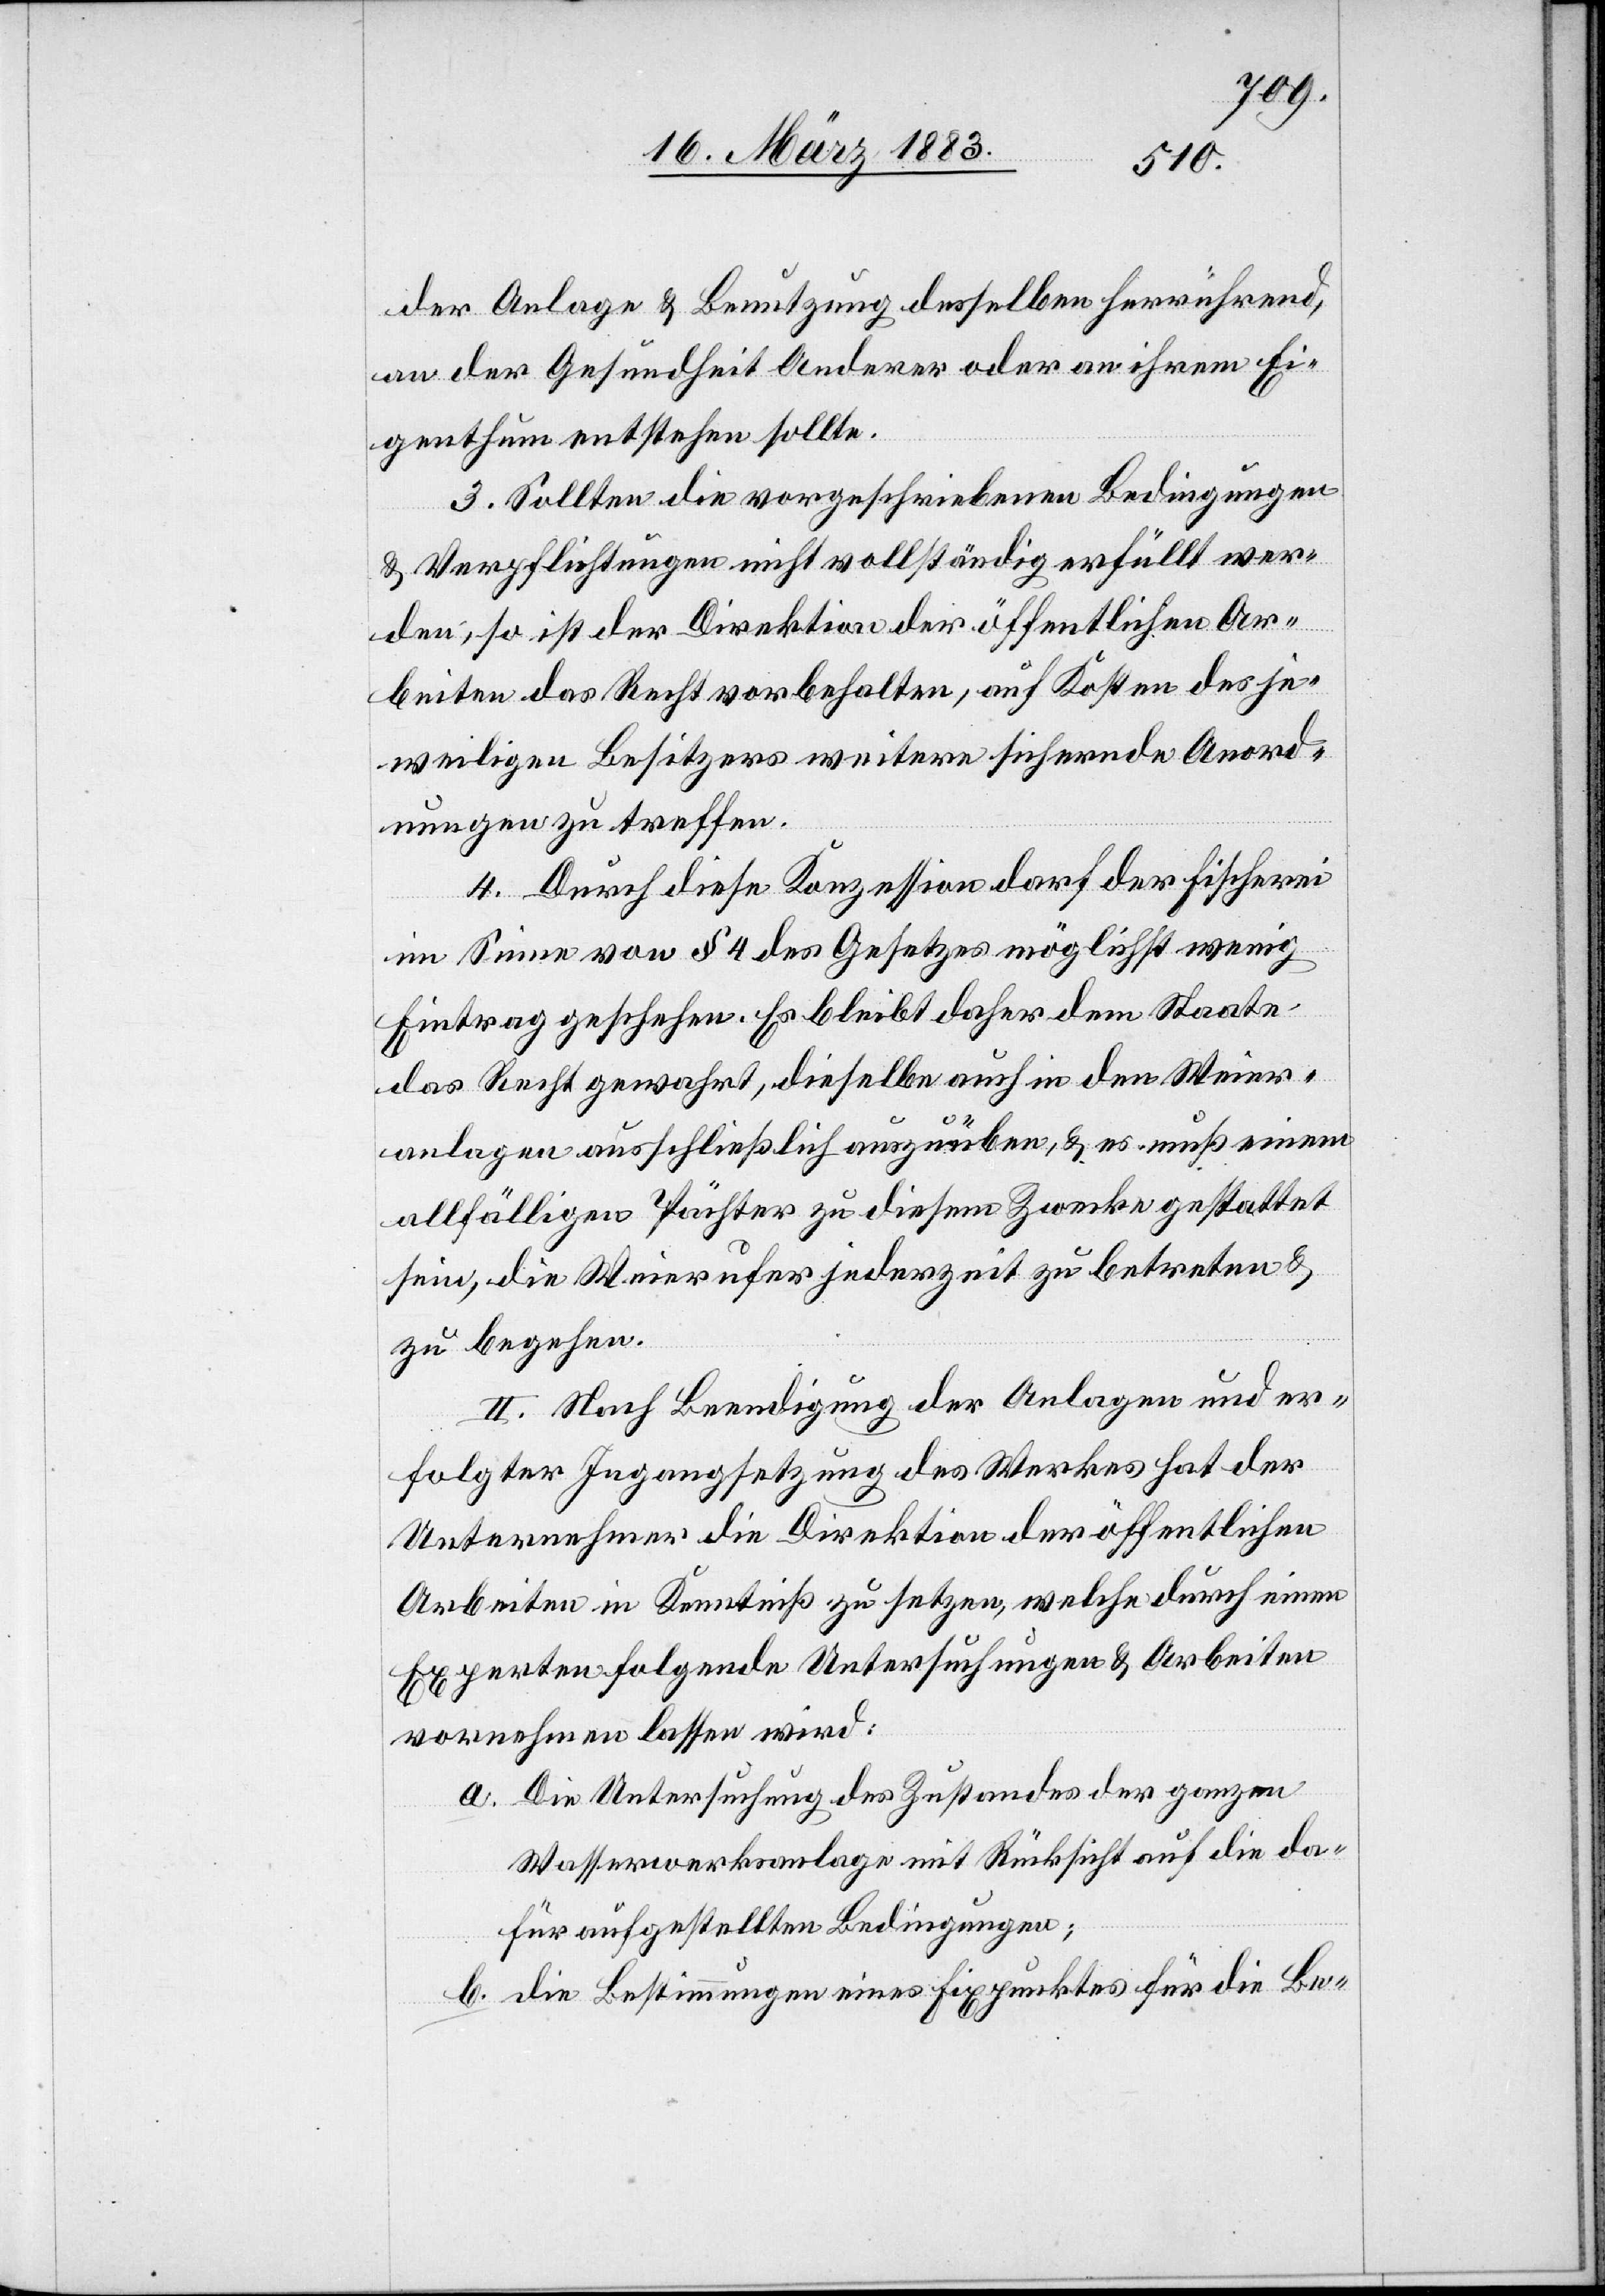
sog.
12. Juni 1858
No 4